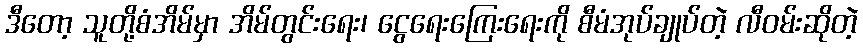
ဒီတော့ သူတို့စံအိမ်မှာ အိမ်တွင်းရေး၊ ငွေရေးကြေးရေးကို စီမံအုပ်ချုပ်တဲ့ လီဝမ်းဆိုတဲ့